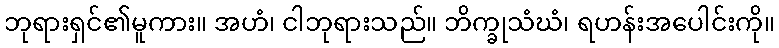
ဘုရားရှင်၏မူကား။ အဟံ၊ ငါဘုရားသည်။ ဘိက္ခုသံဃံ၊ ရဟန်းအပေါင်းကို။